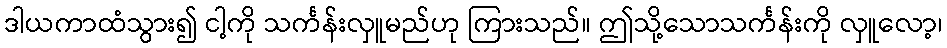
ဒါယကာထံသွား၍ ငါ့ကို သင်္ကန်းလှူမည်ဟု ကြားသည်။ ဤသို့သောသင်္ကန်းကို လှူလော့၊